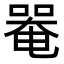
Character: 𠼅